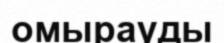
омырауды